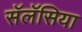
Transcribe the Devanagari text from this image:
सॅलॅसिया